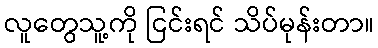
လူတွေသူ့ကို ငြင်းရင် သိပ်မုန်းတာ။